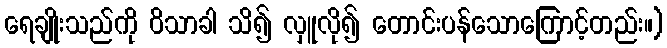
ရေချိုးသည်ကို ဝိသာခါ သိ၍ လှူလို၍ တောင်းပန်သောကြောင့်တည်း။)